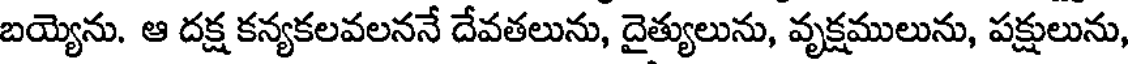
బయ్యెను. ఆ దక్ష కన్యకలవలననే దేవతలును, దైత్యులును, వృక్షములును, పక్షులును,